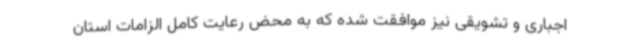
اجباری و تشویقی نیز موافقت شده که به محض رعایت کامل الزامات استان